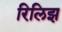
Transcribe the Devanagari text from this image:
रिलिझ